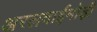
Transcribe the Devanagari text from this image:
अरलवाईमोड़ी